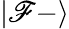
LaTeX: |\mathscr{F}{-}\rangle